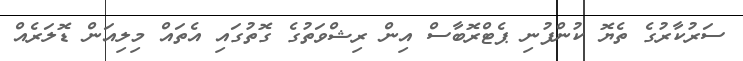
ސަރުކާރުގެ ތެޔޮ ކުންފުނި ޕެޓްރޮބާސް އިން ރިޝްވަތުގެ ގޮތުގައި އެތައް މިލިއަން ޑޮލަރެއް